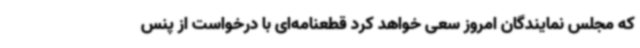
که مجلس نمایندگان امروز سعی خواهد کرد قطعنامه‌ای با درخواست از پنس